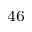
^ { 4 6 }